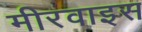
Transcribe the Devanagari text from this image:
मीरवाइस